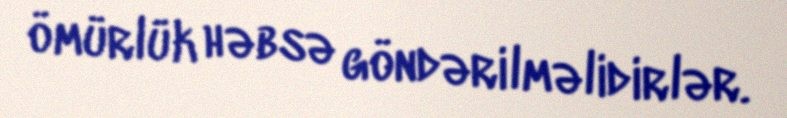
ömürlük həbsə göndərilməlidirlər.